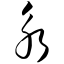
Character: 永